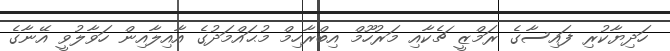
ހަދިޔާކުރި ފައިސާގެ ރަމްޒީ ޗެކާއި މަރުހޫމް އިބްރާހިމް މުޙައްމަދުގެ އާއިލާއިން ހަވާލުވީ އޭނާގެ